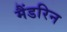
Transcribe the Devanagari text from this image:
मैंडरिन